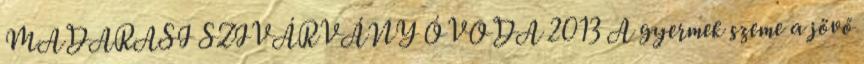
MADARASI SZIVÁRVÁNY ÓVODA 2013 A gyermek szeme a jövő